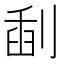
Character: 𠝞